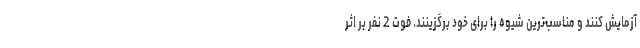
آزمایش کنند و مناسب‌ترین شیوه را برای خود برگزینند. فوت 2 نفر بر اثر